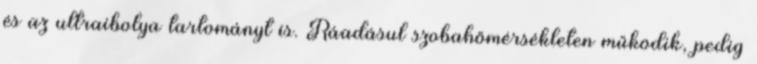
és az ultraibolya tartományt is. Ráadásul szobahőmérsékleten működik, pedig